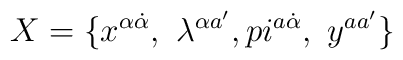
X=\{x^{\alpha\dot\alpha},\ \lambda^{\alpha a^\prime},\\pi^{a\dot\alpha},\ y^{aa^\prime}\}